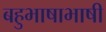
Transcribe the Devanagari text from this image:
बहुभाषाभाषी